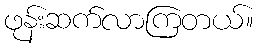
ဖုန်းဆက်လာကြတယ်။